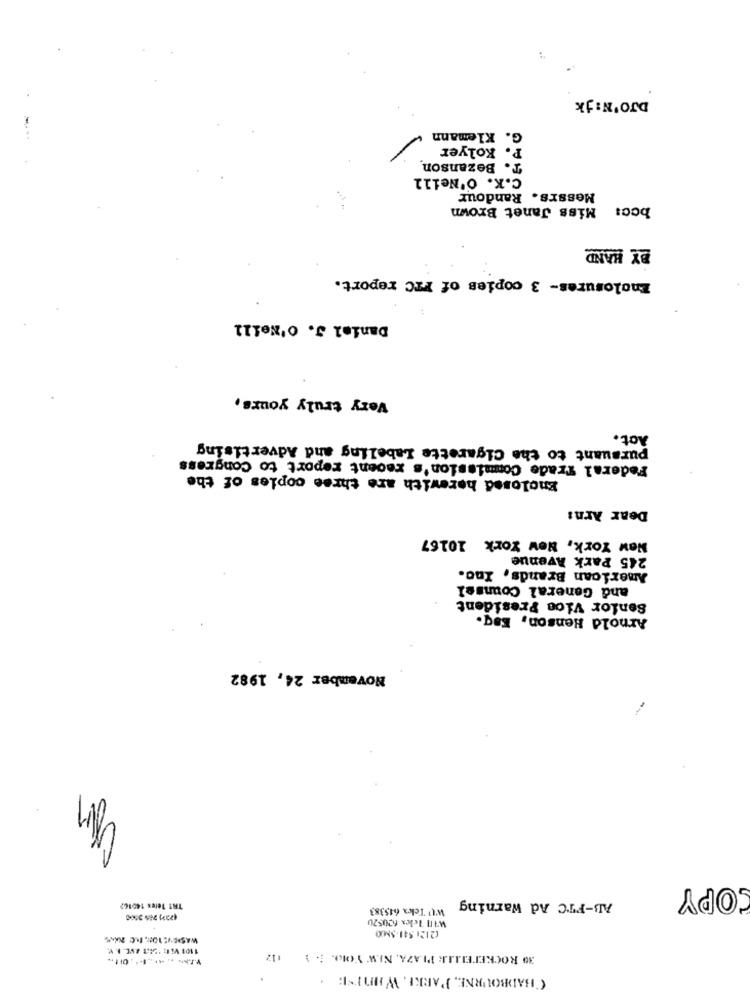
DJO'N:jk
G. Klemann
P. Kolyer
T. Bezanson
C.K. O'Neill
Messrs. Randour
Miss Janet Brown
bcc:
BY HAND
Enclosures- 3 copies of FTC report.
Daniel J. O'Neill
Very truly yours,
Act.
pursuant to the Cigarette Labeling and Advertising
Federal Trade Commission's recent report to Congress
Enclosed herewith are three copies of the
Dear Arni
New York, New York 10167
245 Park Avenue
American Brands, Ino.
and General Counsel
Senior Vice President
Arnold Henson, Esq.
November 24, 1982
--
COPY
AB-FTC Ad Warning
TRT Telex 14016?
WIT Tekex 615383
Will Telex 600520
(2121 541-5M0
WASDEV: 101. FC 20
1101 VER: 'DET AVE. I. V.
112
30 ROCKEFELLER PLAZA, NEW YOIO. ". 1
CHADBOURNE, PARKE, WHENISE: